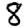
Digit: 8